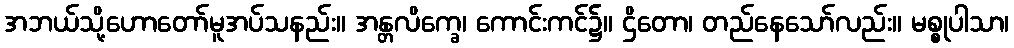
အဘယ်သို့ဟောတော်မူအပ်သနည်း။ အန္တလိက္ခေ၊ ကောင်းကင်၌။ ဌိတော၊ တည်နေသော်လည်း။ မစ္စုပါသာ၊